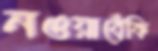
নওয়াবেঁকি